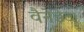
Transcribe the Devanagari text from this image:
वैनेडेट।